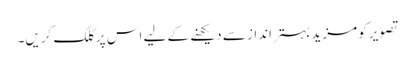
تصویر کو مزید بہتر انداز سے دیکھنے کے لیے اس پر کلک کریں۔